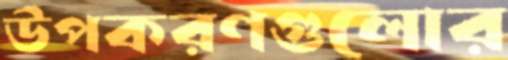
উপকরণগুলোর